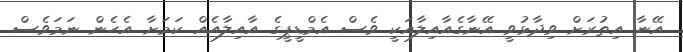
އޭނާ އިތުރަށް ވިދާޅުވީ އޭނާގެއާއިލާއަކީ ވެސް އެމްޑީޕީގެ އާއިލާއެއް ކަމަށާ އެހެން ނަމަވެސް